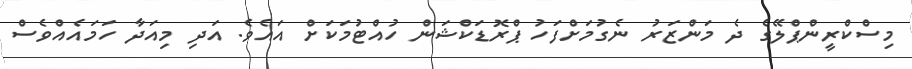
މިސްކްރީންޕްލޭގެ ދެ މަންޒަރު ނެގުމަށްފަހު ޕްރޮޑަކްޝަން ހުއްޓުމަކަށް އައެވެ. އަދި މިއަދާ ހަމައެއްވެސް